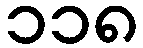
၁၁၈